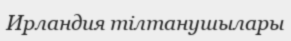
Ирландия тілтанушылары